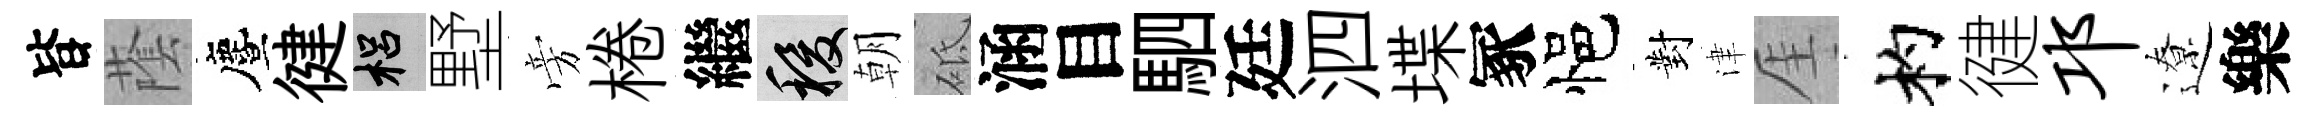
𣅜䕃󵨌徤梠墅旁棬繼稷朝砥涵目駟廷泗堞冢悒對津厓杓徤邛遼樂